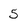
Character: 5